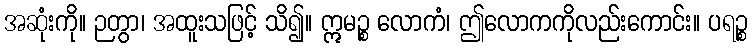
အဆုံးကို။ ဉတွာ၊ အထူးသဖြင့် သိ၍။ ဣမဉ္စ လောကံ၊ ဤလောကကိုလည်းကောင်း။ ပရဉ္စ